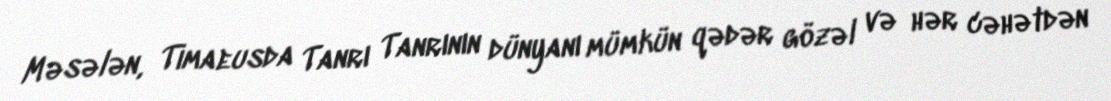
Məsələn, Timaeusda Tanrı Tanrının dünyanı mümkün qədər gözəl və hər cəhətdən